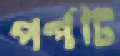
পর্পটি